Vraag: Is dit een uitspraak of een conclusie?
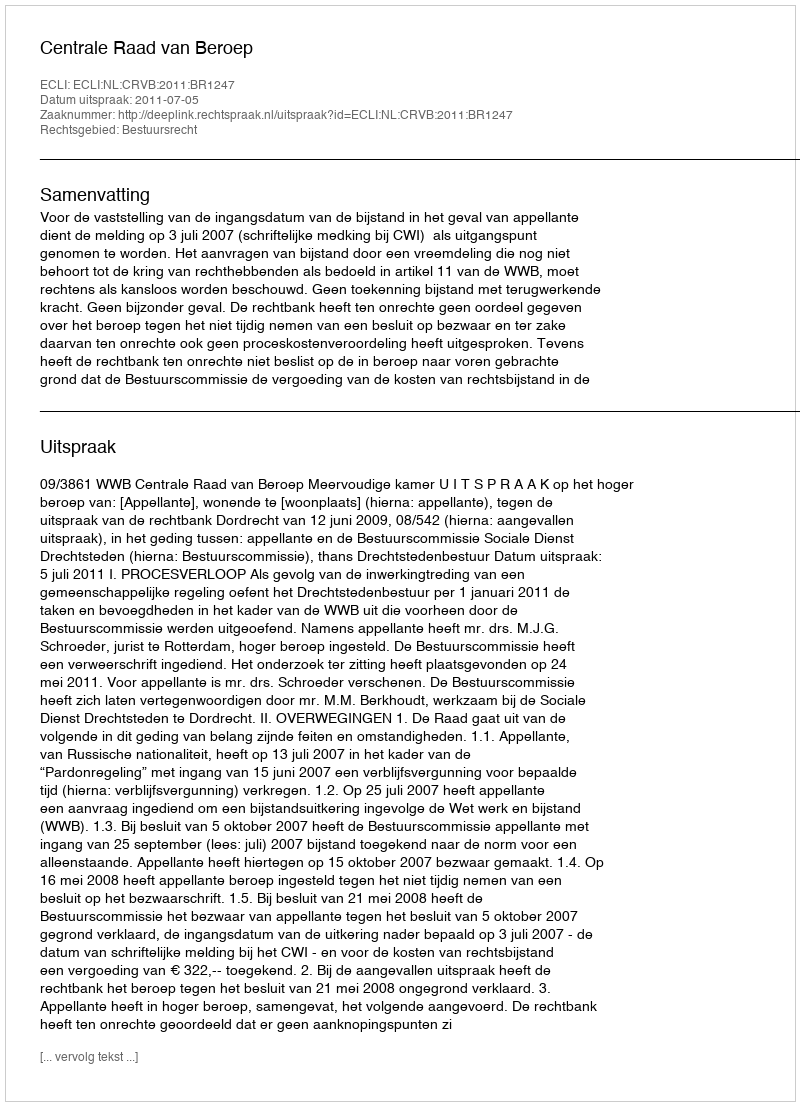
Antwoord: Uitspraak